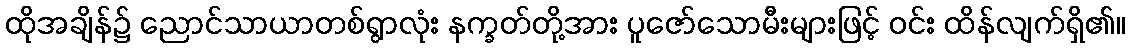
ထိုအချိန်၌ ညောင်သာယာတစ်ရွာလုံး နက္ခတ်တို့အား ပူဇော်သောမီးများဖြင့် ဝင်း ထိန်လျက်ရှိ၏။